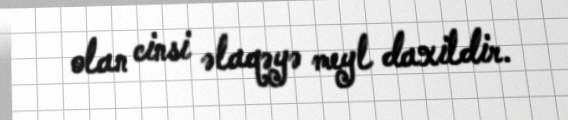
olan cinsi əlaqəyə meyl daxildir.